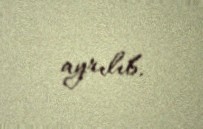
ayrılıb.